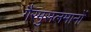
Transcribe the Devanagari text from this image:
गैरमुसलमानों